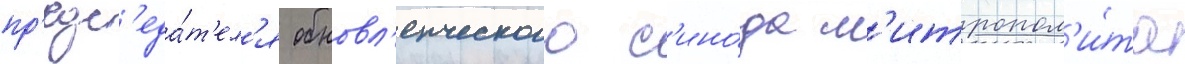
пр'едс'еда́т'ел'я обновл'енческого с'ино́да м'итропол'и́та